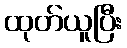
ထုတ်ယူပြီး